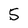
Character: 5